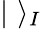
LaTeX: |\, \, \rangle_{I}